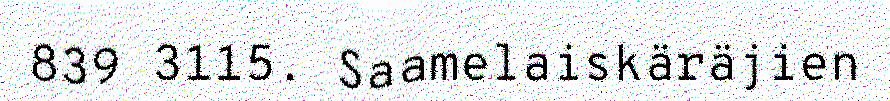
839 3115. Saamelaiskäräjien